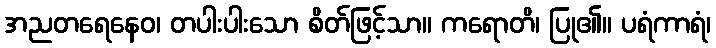
အညတရေနေဝ၊ တပါးပါးသော စိတ်ဖြင့်သာ။ ကရောတိ၊ ပြု၏။ ပရံကာရံ၊